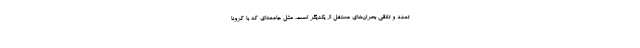
تعدد و تلاقی بحران‌های مستقل از یکدیگر است. مثل جامعه‌ای که با کرونا